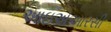
આઇએઆરસી